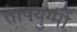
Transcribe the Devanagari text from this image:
तापयुग्मों